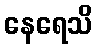
နေရေသိ